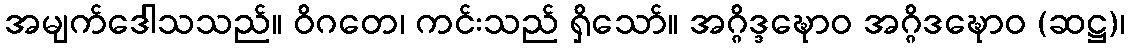
အမျက်ဒေါသသည်။ ဝိဂတေ၊ ကင်းသည် ရှိသော်။ အဂ္ဂိဒ္ဒဍ္ဎောဝ အဂ္ဂိဒဍ္ဎောဝ (ဆဋ္ဌ)၊